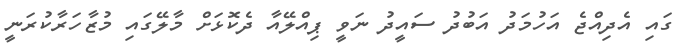
ގައި އެދިއްޖެ އަހުމަދު އަބުދު ސައީދު ނަވީ ޕިއްލޭއާ ދެކޮޅަށް މާލޭގައި މުޒާހަރާކުރަނީ